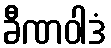
ခီဏဝါဒံ